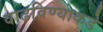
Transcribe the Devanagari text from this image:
वाढविण्याकडे